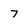
Character: 7